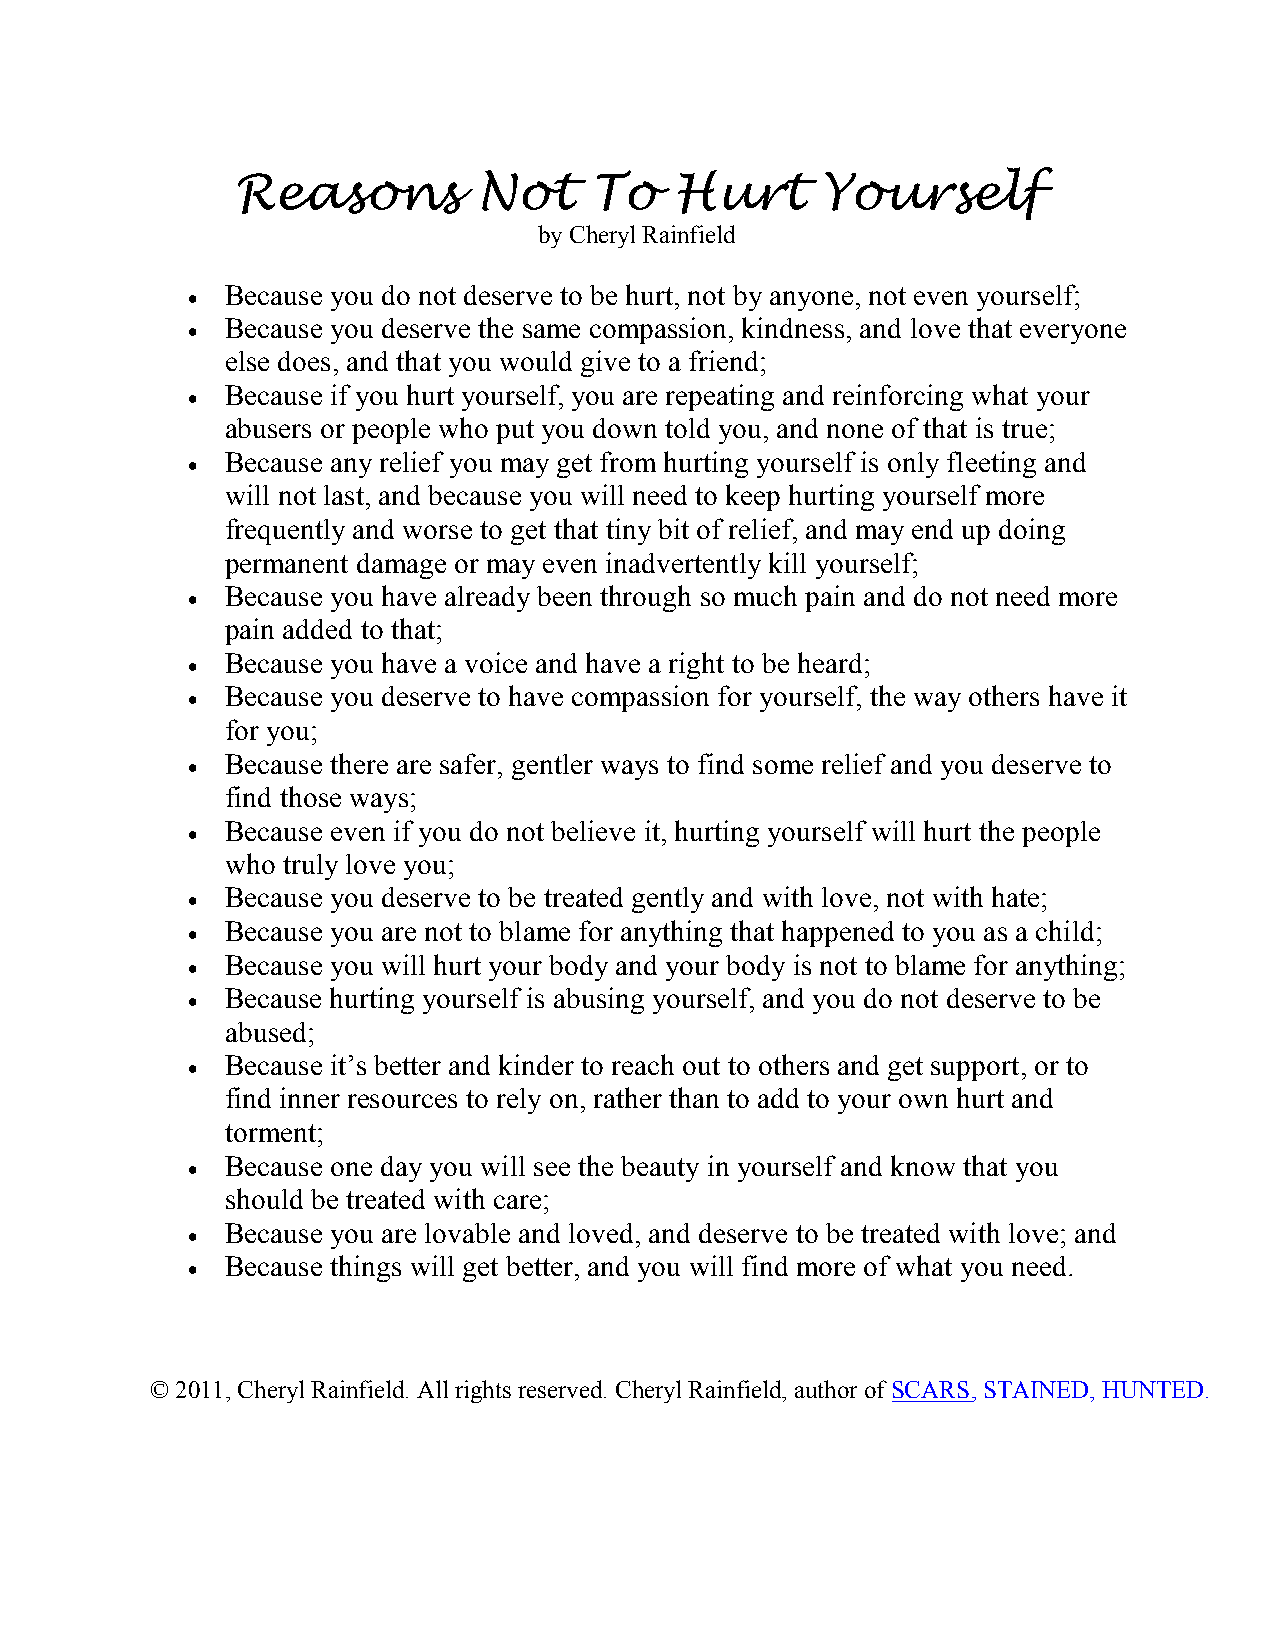
Reasons         Not    To    Hurt     Yourself
 by Cheryl Rainfield
 Because you do not deserve to be hurt, not by anyone, not even yourself;
 
 Because you deserve the same compassion, kindness, and love that everyone
 
 else does, and that you would give to a friend;
 Because if you hurt yourself, you are repeating and reinforcing what your
 
 abusers or people who put you down told you, and none of that is true;
 Because any relief you may get from hurting yourself is only fleeting and
 
 will not last, and because you will need to keep hurting yourself more
 frequently and worse to get that tiny bit of relief, and may end up doing
 permanent damage or may even inadvertently kill yourself;
 Because you have already been through so much pain and do not need more
 
 pain added to that;
 Because you have a voice and have a right to be heard;
 
 Because you deserve to have compassion for yourself, the way others have it
 
 for you;
 Because there are safer, gentler ways to find some relief and you deserve to
 
 find those ways;
 Because even if you do not believe it, hurting yourself will hurt the people
 
 who truly love you;
 Because you deserve to be treated gently and with love, not with hate;
 
 Because you are not to blame for anything that happened to you as a child;
 
 Because you will hurt your body and your body is not to blame for anything;
 
 Because hurting yourself is abusing yourself, and you do not deserve to be
 
 abused;
 Because it’s better and kinder to reach out to others and get support, or to
 
 find inner resources to rely on, rather than to add to your own hurt and
 torment;
 Because one day you will see the beauty in yourself and know that you
 
 should be treated with care;
 Because you are lovable and loved, and deserve to be treated with love; and
 
 Because things will get better, and you will find more of what you need.
 
 © 2011, Cheryl Rainfield. All rights reserved. Cheryl Rainfield, author of SCARS, STAINED, HUNTED.